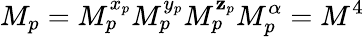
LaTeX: M_{p}=M_{p}^{x_{p}}M_{p}^{y_{p}}M_{p}^{\mathbf{z}_{p}}M_{p}^{\alpha}=M^{4}